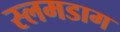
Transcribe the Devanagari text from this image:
स्लमडाग